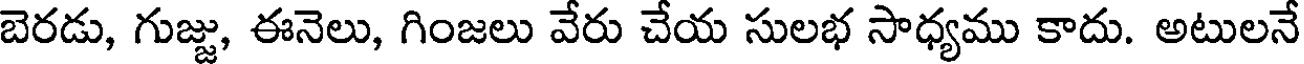
బెరడు, గుజ్జు, ఈనెలు, గింజలు వేరు చేయ సులభ సాధ్యము కాదు. అటులనే